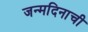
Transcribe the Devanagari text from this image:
जन्मदिनाची